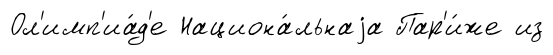
Ол'имп'иа́д'е Национа́льнаjа Пар'и́же из